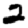
Digit: 2